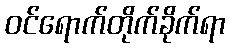
ဝင်ရောက်တိုက်ခိုက်ရာ